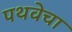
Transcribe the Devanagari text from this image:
पथवेचा